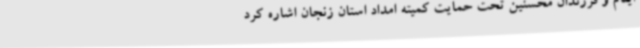
ایتام و فرزندان محسنین تحت حمایت کمیته امداد استان زنجان اشاره کرد